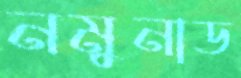
নমুনাড